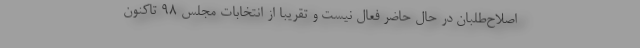
اصلاح‌طلبان در حال حاضر فعال نیست و تقریبا از انتخابات مجلس 98 تاکنون